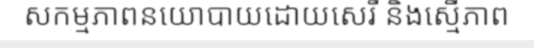
សកម្មភាពនយោបាយដោយសេរី និងស្មើភាព